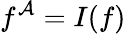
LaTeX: f^{\mathcal{A}}=I(f)